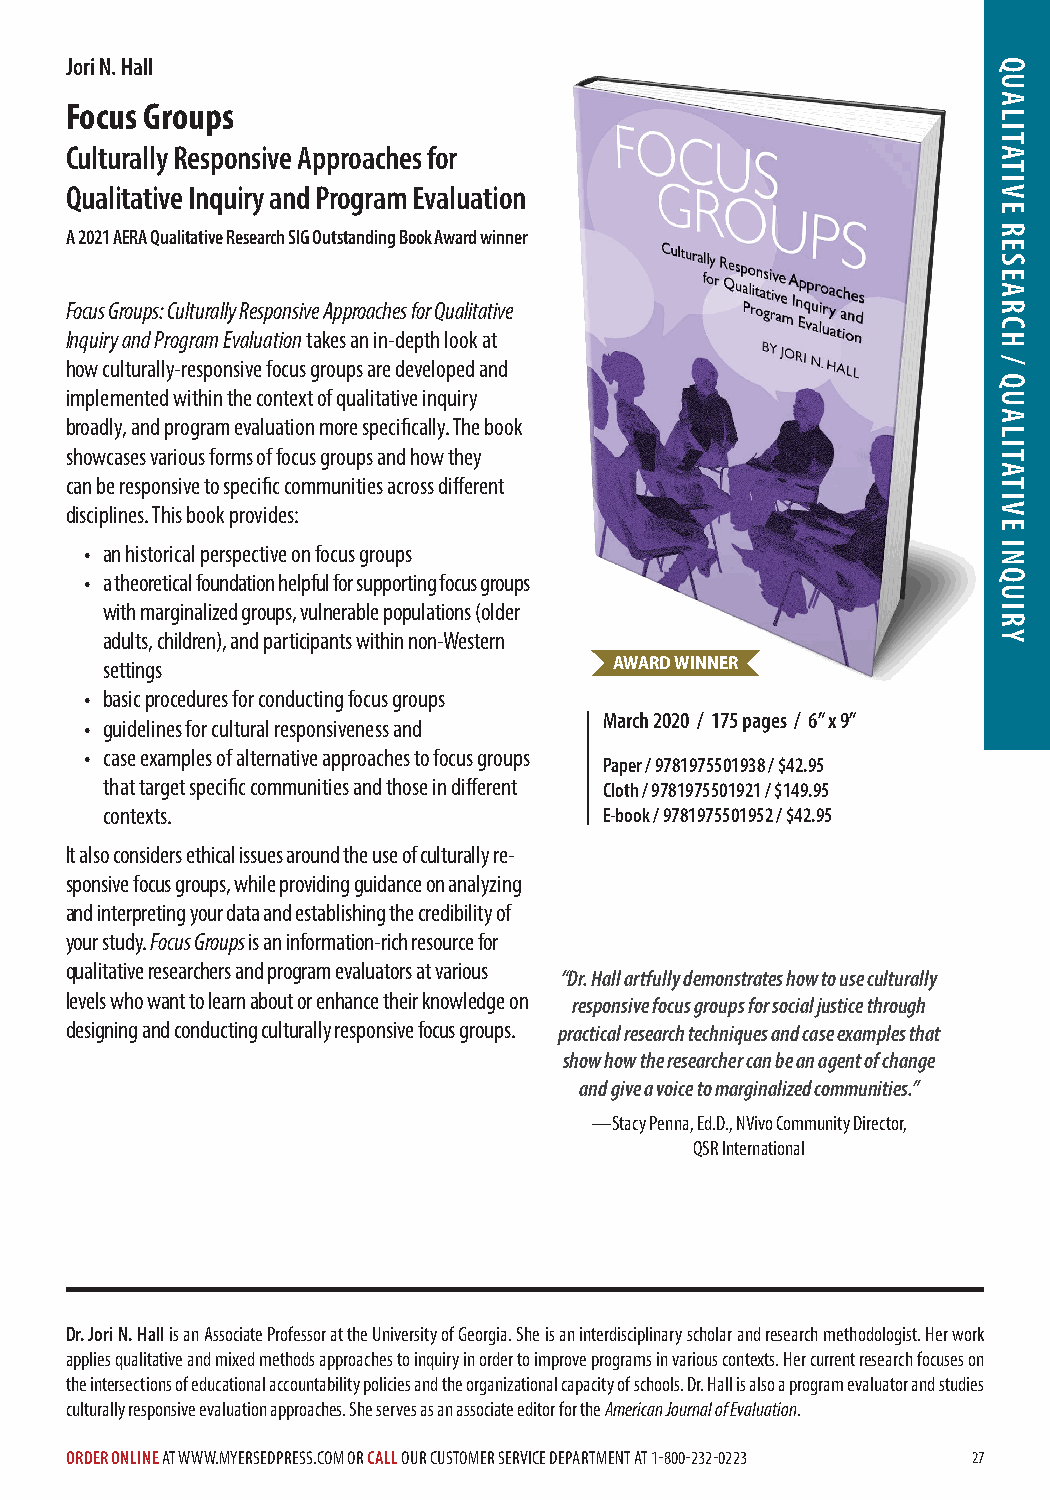
Jori N. Hall
 Focus Groups
 Culturally Responsive Approaches for
 Qualitative Inquiry and Program Evaluation
 A 2021 AERA Qualitative Research SIG Outstanding Book Award winner
 Focus Groups: Culturally Responsive Approaches for Qualitative
 Inquiry and Program Evaluation takes an in-depth look at
 how culturally-responsive focus groups are developed and
 implemented within the context of qualitative inquiry
 broadly, and program evaluation more specifically. The book
 showcases various forms of focus groups and how they
 can be responsive to specific communities across different
 disciplines. This book provides:
 • an historical perspective on focus groups
 • a theoretical foundation helpful for supporting focus groups
 with marginalized groups, vulnerable populations (older
 adults, children), and participants within non-Western
 settings                          AWARD WINNER
 • basic procedures for conducting focus groups
 March 2020 / 175 pages / 6” x 9”
 • guidelines for cultural responsiveness and
 • case examples of alternative approaches to focus groups
 Paper / 9781975501938 / $42.95
 that target specific communities and those in different Cloth / 9781975501921 / $149.95
 contexts.                        E-book / 9781975501952 / $42.95
 It also considers ethical issues around the use of culturally re-
 sponsive focus groups, while providing guidance on analyzing
 and interpreting your data and establishing the credibility of
 your study. Focus Groups is an information-rich resource for
 qualitative researchers and program evaluators at various
 “Dr. Hall artfully demonstrates how to use culturally
 levels who want to learn about or enhance their knowledge on
 responsive focus groups for social justice through
 designing and conducting culturally responsive focus groups. practical research techniques and case examples that
 show how the researcher can be an agent of change
 and give a voice to marginalized communities.”
 —Stacy Penna, Ed.D., NVivo Community Director,
 QSR International
 Dr. Jori N. Hall is an Associate Professor at the University of Georgia. She is an interdisciplinary scholar and research methodologist. Her work
 applies qualitative and mixed methods approaches to inquiry in order to improve programs in various contexts. Her current research focuses on
 the intersections of educational accountability policies and the organizational capacity of schools. Dr. Hall is also a program evaluator and studies
 culturally responsive evaluation approaches. She serves as an associate editor for the American Journal of Evaluation.
 ORDER ONLINE AT WWW.MYERSEDPRESS.COM OR CALL OUR CUSTOMER SERVICE DEPARTMENT AT 1-800-232-0223 27
 QUALITATIVE
 RESEARCH
 /
 QUALITATIVE
 INQUIRY